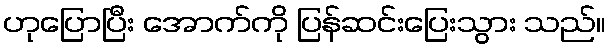
ဟုပြောပြီး အောက်ကို ပြန်ဆင်းပြေးသွား သည်။